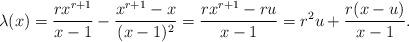
LaTeX: \begin{align*}\lambda(x)=\frac{rx^{r+1}}{x-1}-\frac{x^{r+1}-x}{(x-1)^2}=\frac{rx^{r+1}-ru}{x-1}= r^2u+\frac{r(x-u)}{x-1}.\end{align*}